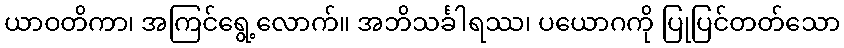
ယာဝတိကာ၊ အကြင်ရွေ့လောက်။ အဘိသင်္ခါရဿ၊ ပယောဂကို ပြုပြင်တတ်သော